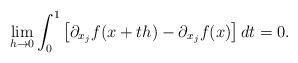
LaTeX: \begin{align*} \lim_{h\rightarrow 0} \int_0^1 \left[\partial_{x_j} f(x+th)- \partial_{x_j} f(x)\right]dt =0. \end{align*}